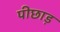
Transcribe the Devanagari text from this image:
पीछाड़